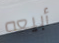
أبيعه